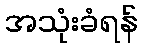
အသုံးခံရန်